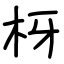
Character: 枒